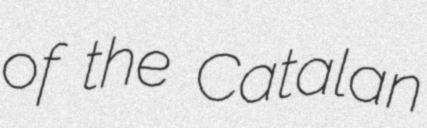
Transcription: of the Catalan